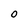
Character: 0